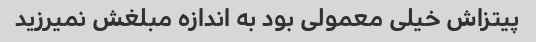
پیتزاش خیلی معمولی بود به اندازه مبلغش نمیرزید